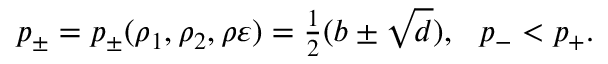
\begin{array} { r } { p _ { \pm } = p _ { \pm } ( \rho _ { 1 } , \rho _ { 2 } , \rho \varepsilon ) = \frac 1 2 ( b \pm \sqrt { d } ) , \ \ p _ { - } < p _ { + } . } \end{array}